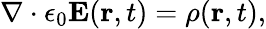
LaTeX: \nabla\cdot\epsilon_{0}\mathbf{E}(\mathbf{r},t)=\rho(\mathbf{r},t),